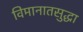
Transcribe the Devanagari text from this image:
विमानातसुद्धा